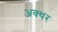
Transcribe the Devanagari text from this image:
अक्थर